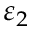
\varepsilon _ { 2 }